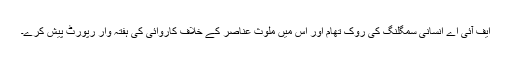
ایف آئی اے انسانی سمگلنگ کی روک تھام اور اس میں ملوث عناصر کے خلاف کاروائی کی ہفتہ وار رپورٹ پیش کرے۔